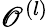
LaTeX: \mathscr{O}^{(l)}